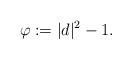
LaTeX: \begin{align*} \varphi := \lvert d \rvert^2 - 1.\end{align*}